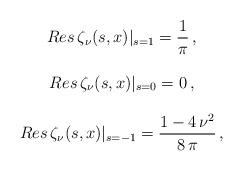
LaTeX: \begin{align*} \begin{array}{c} \displaystyle{Res\, \zeta_\nu(s,x)|_{s=1} = \frac{1}{\pi}\, ,}\\ \\ \displaystyle{Res\, \zeta_\nu(s,x)|_{s=0} = 0\, ,}\\ \\ \displaystyle{Res\, \zeta_\nu(s,x)|_{s=-1} = \frac{1 - 4\,{\nu}^2}{8\,\pi }\, ,}\end{array}\end{align*}